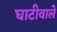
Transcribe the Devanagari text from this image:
घाटीवाले